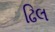
ઢિલ